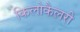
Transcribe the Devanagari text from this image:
किलोकैलरी